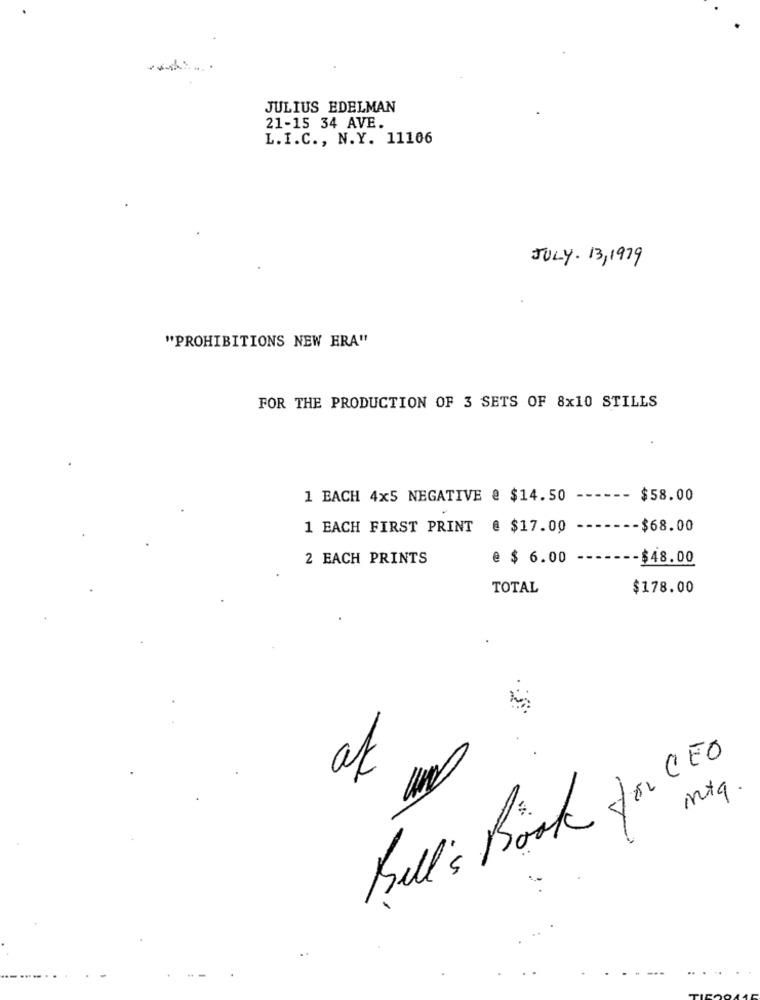
JULIUS EDELMAN
21-15 34 AVE.
L.I.C ., N.Y. 11106
JULY. 13, 1979
"PROHIBITIONS NEW ERA"
FOR THE PRODUCTION OF 3 SETS OF 8x10 STILLS
1 BACH 4x5 NEGATIVE @ $14.50
------
$58.00
1 EACH FIRST PRINT @ $17.00
-$68.00
2 EACH PRINTS
@ $ 6.00
-$48.00
TOTAL
$178.00
at
Bell's Book for CEO
inta